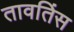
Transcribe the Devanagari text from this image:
तावतिंस